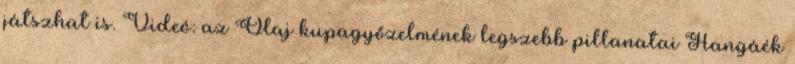
játszhat is. Videó: az Olaj kupagyőzelmének legszebb pillanatai Hangáék